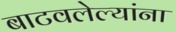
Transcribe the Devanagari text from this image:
बाटवलेल्यांना